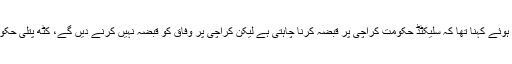
پی پی چیئرمین نے ایک بار پھر مشہور نعرہ ’مرسوں مرسوں سندھ نہ ڈیسوں‘ لگاتے ہوئے کہنا تھا کہ سلیکٹڈ حکومت کراچی پر قبضہ کرنا چاہتی ہے لیکن کراچی پر وفاق کو قبضہ نہیں کرنے دیں گے، کٹھ پتلی حکومت کی بھول ہے کہ سندھ کی قیادت کو جیل میں ڈال کر کراچی پر قبضہ کرلیں گے۔